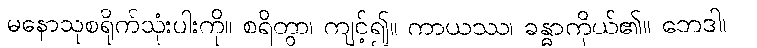
မနောသုစရိုက်သုံးပါးကို။ စရိတွာ၊ ကျင့်၍။ ကာယဿ၊ ခန္ဓာကိုယ်၏။ ဘေဒါ၊